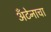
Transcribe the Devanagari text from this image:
अँटेनाचा